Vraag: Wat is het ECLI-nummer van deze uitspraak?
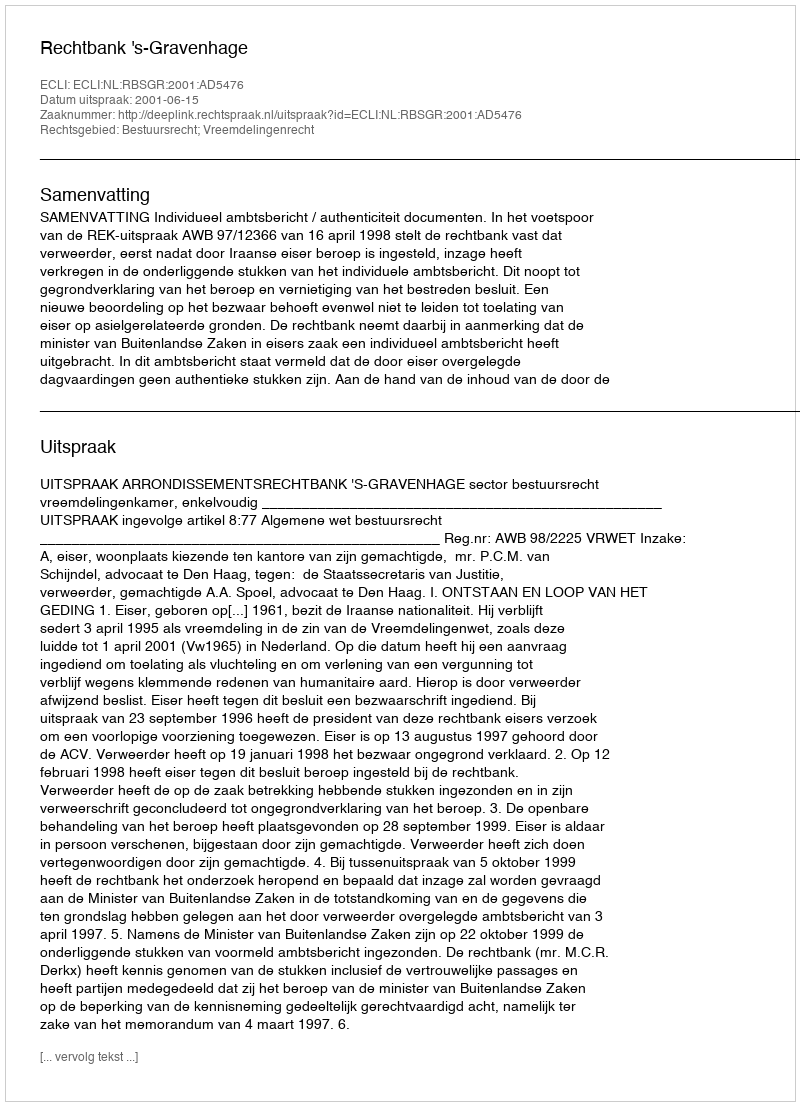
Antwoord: ECLI:NL:RBSGR:2001:AD5476